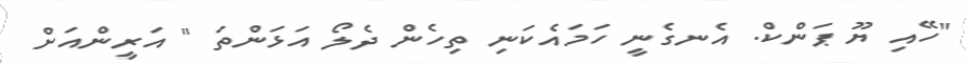
"ހޭއި ޔޫ ޕަންކް. އެނގެނީ ހަމައެކަނި ތިހެން ދެލޯ އަޅަންތަ " އަރީންއަށް